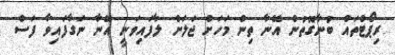
ރިޕޯޓްތައް ބުނާގޮތުން އޭނާ ތިން މަހަށް ޖަލަށް ލާފައިވަނީ އޭނާ ނަގާފައިވާ ފަސް